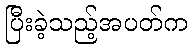
ပြီးခဲ့သည့်အပတ်က